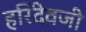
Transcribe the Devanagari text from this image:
हरिदेवजी